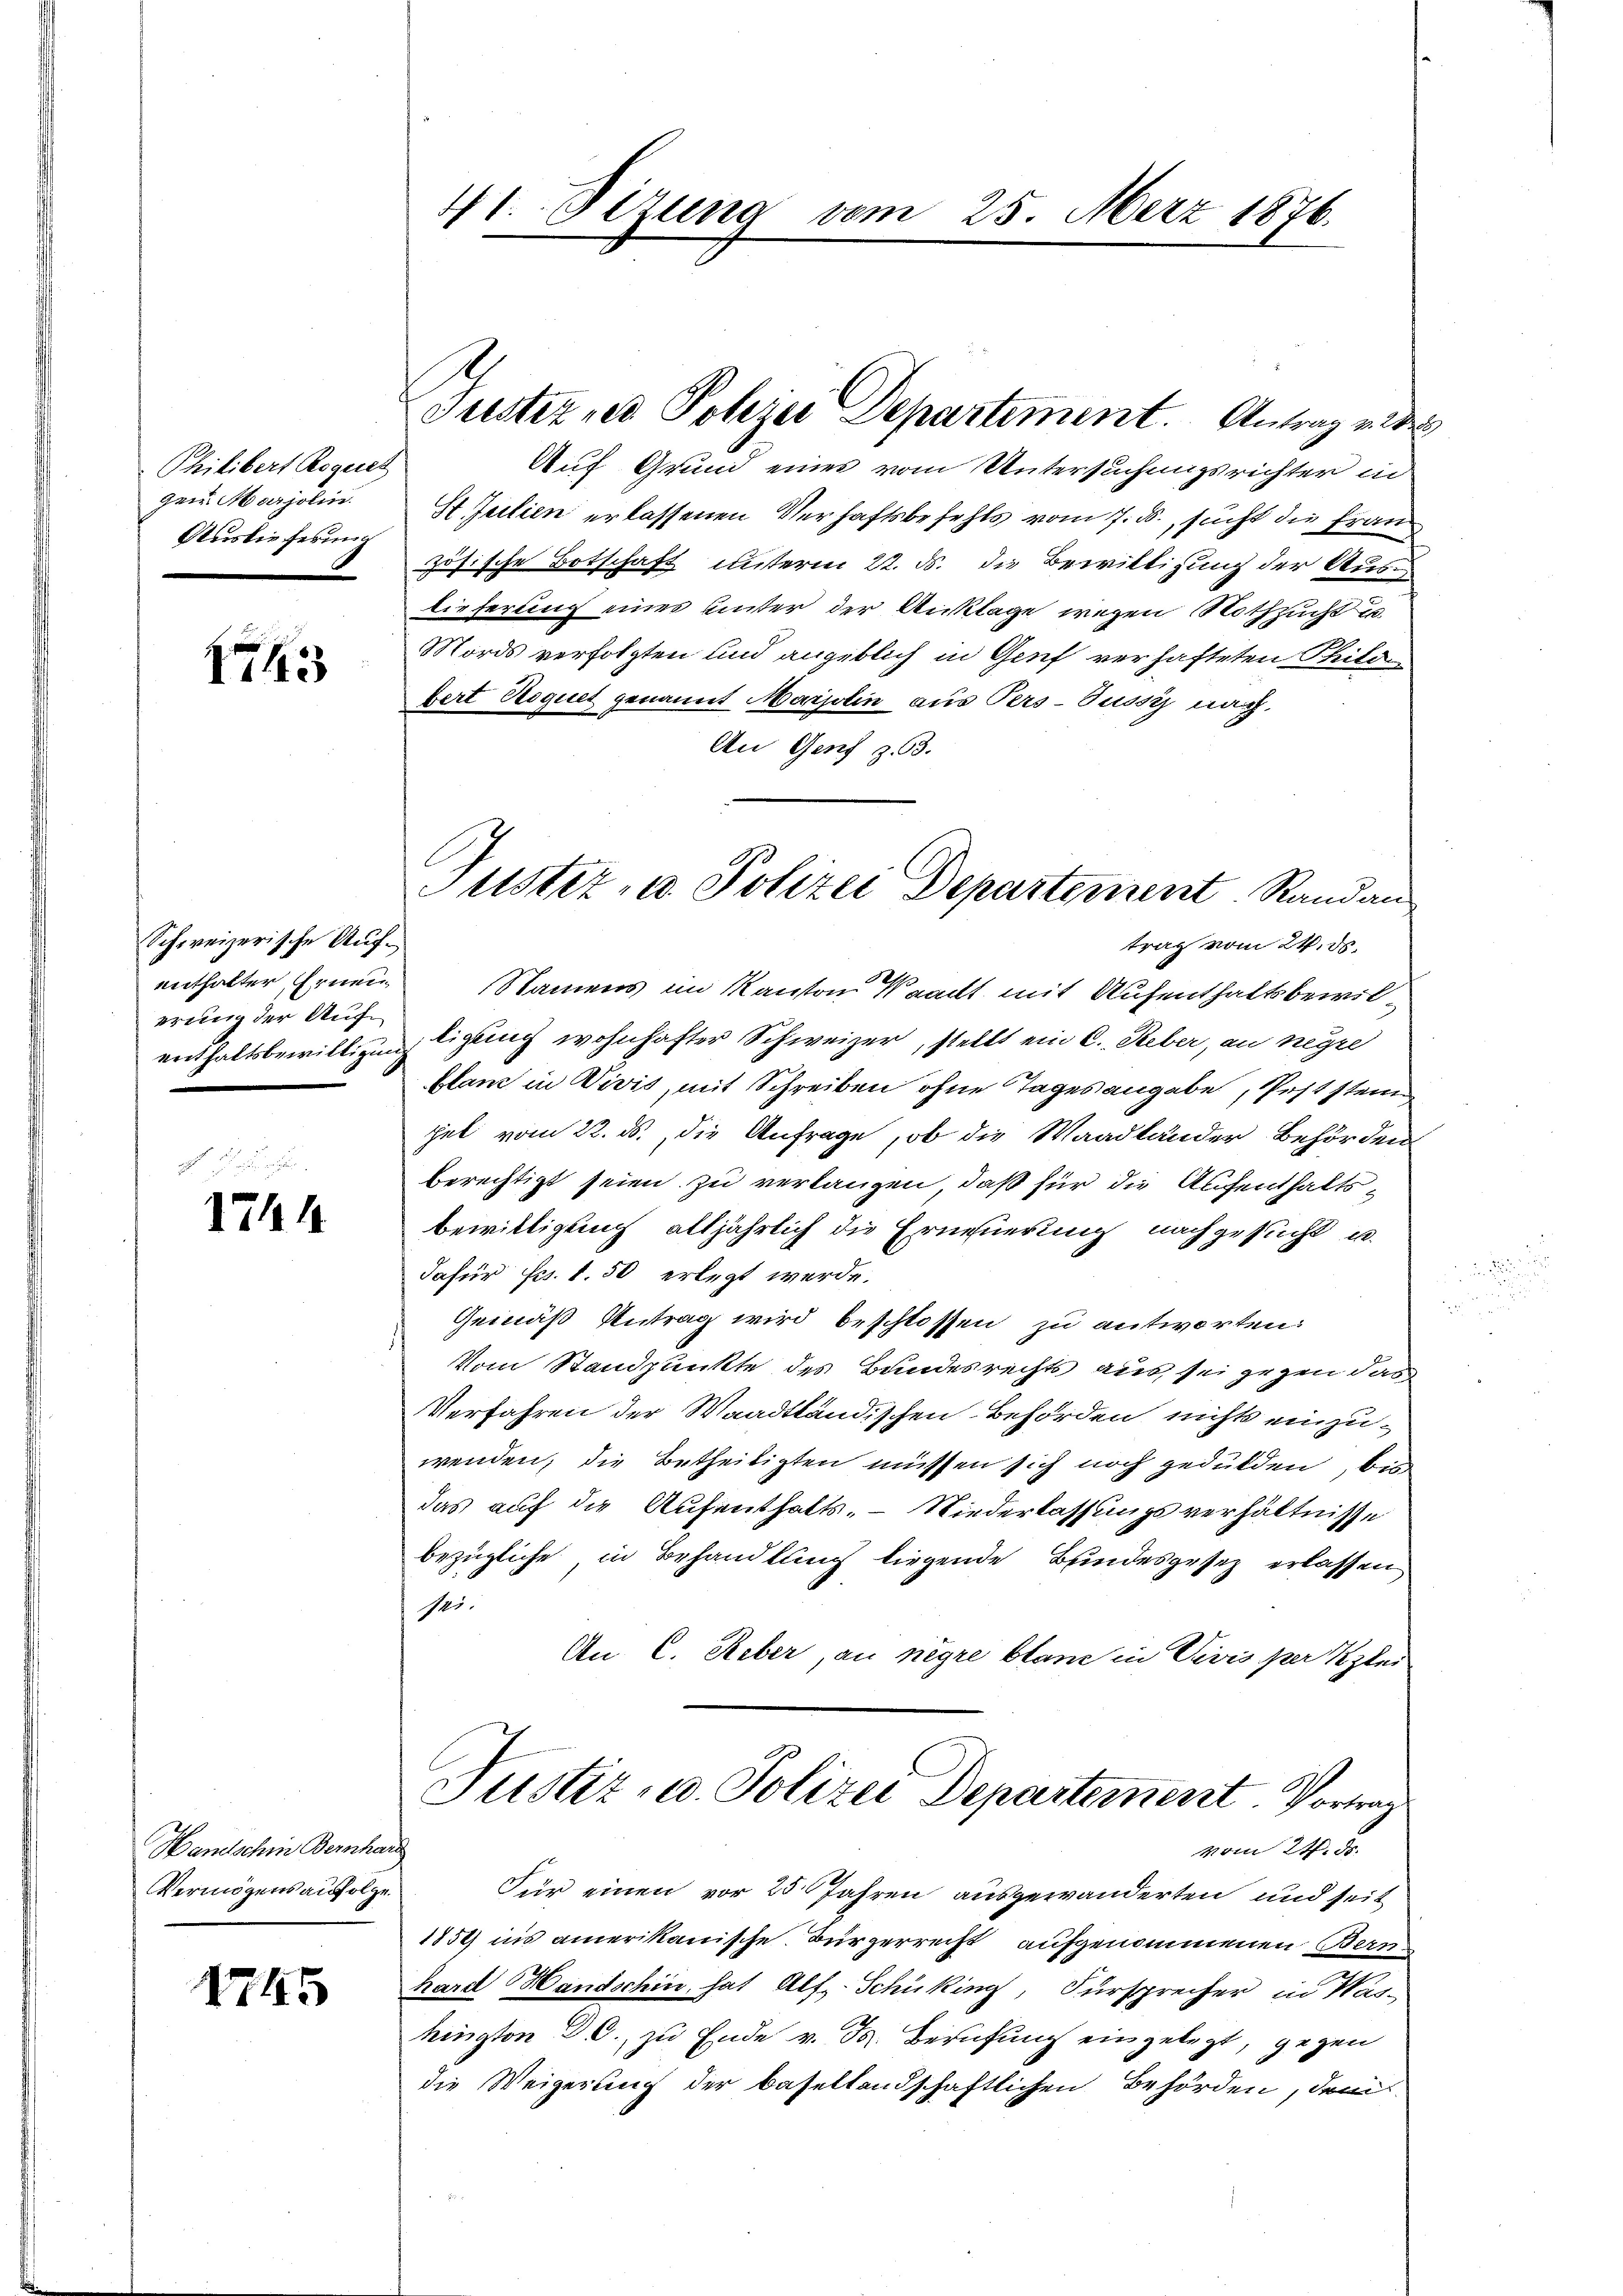
Philibert Rogues
gen: Marjolin
Auslieferung

4

Schweizerische Aufenthalter Ernen
erung der Auf¬

1744

Wandletern Kornach
Vermögensaufolge

1745

4t. Sizung vom 25. März 1876.

Auf Grund eines vom Untersuchungsrichter in
St Julien erlassenen Verhaftsbefehls vom 7. ds., sucht die Französische Botschaft unterm 22. ds. die Bewilligung der Auslieferung eines unter der Anklage wegen Nothzucht in
Mords verfolgten und angeblich in Genf verhafteten Philo
bert Roquet genannt Marjolin aus Pers-Pussy nach
An Genf z. 3.
trag vom 24. ds.
Namens im Kanton Waadt mit Aufenthaltsbewilenthaltsbewilligung ligung wohnhafter Schweizer, stellt ein C. Reber, an neyre
flanz in Divis, mit Schreiben ohne Tagesangabe, Poststei
hel vom 22. ds. die Anfrage, ob die Waadländer Behörden
berechtigt seien zu verlangen, daß für die Aufenthalts¬
Bewilligung alljährlich die Erneuerung nachgesucht u.
dafür Frs. 1.50 erlegt werde.
Gemäß Antrag wird beschlossen zu antworten:
Vom Standpunkte des Bundesrechts aus sei gegen das
Verfahren der Waadtländischen Behörden nichts einzu-
wenden; die Betheiligten müssen sich noch gedulden, bis
das auf die Aufenthalts- Niederlassungsverhältnisse
bezügliche in Behandlung liegende Bundesgesetz erlassen
11.
An C. Reber, an negre blane in Vivis per Klei
Justiz- u. Polizei Departement. Vortrage
vom 24. ds.
Für einen vor 25 Jahren ausgewanderten und seit
1859 ins amerikanische Bürgerrecht aufgenommenen Bern
hard Handschin hat Alt-Schüking, Fürsprecher in Washington 36. zu Ende v. Js. Berufung eingelegt, gegen
die Weigerung der basellandschaftlichen Behörden, dem

Justiz ned Polizei Departement. Antrag v. de

Justiz, u. Polizei Departement Standan